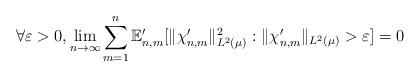
LaTeX: \begin{align*} \forall \varepsilon > 0, \lim_{n \to \infty} \sum_{m=1}^n \mathbb{E}_{n,m}' [ \|\chi_{n,m}' \|_{L^2(\mu)}^2 : \|\chi_{n,m}' \|_{L^2( \mu)} > \varepsilon ] = 0 \end{align*}